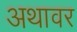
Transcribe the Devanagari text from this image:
अथावर